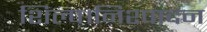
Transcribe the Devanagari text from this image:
शिल्प।निश्पादन